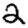
Digit: 2